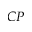
C P